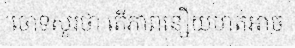
ចោទសួរថា តើភាពនឿយហត់អាច